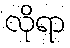
လိုရာ